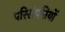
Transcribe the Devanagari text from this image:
परिसंपतियों